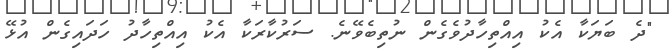
"ދެ ބަޔަކާ އެކު އިއްތިހާދުވެގެން ނުތިބެވޭނެ. ސަރުކާރަކާ އެކު އިއްތިހާދު ހަދައިގެން އުޅޭ